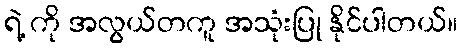
ရဲ့ ကို အလွယ်တကူ အသုံးပြု နိုင်ပါတယ်။